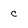
Character: c